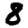
Digit: 8